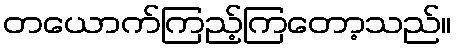
တယောက်ကြည့်ကြတော့သည်။